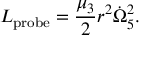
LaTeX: L _ { \mathrm { p r o b e } } = { \frac { \mu _ { 3 } } { 2 } } r ^ { 2 } \dot { \Omega } _ { 5 } ^ { 2 } .